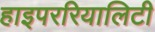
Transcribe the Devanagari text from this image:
हाइपररियालिटी